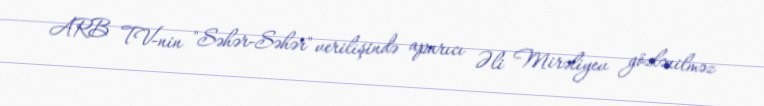
ARB TV-nin "Səhər-Səhər" verilişində aparıcı Əli Mirəliyev gözlənilməz